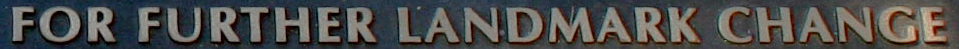
FOR FURTHER LANDMARK CHANGE